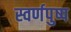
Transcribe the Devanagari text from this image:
स्वर्णपुष्प